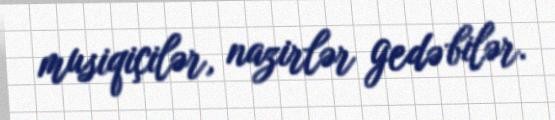
musiqiçilər, nazirlər gedə bilər.